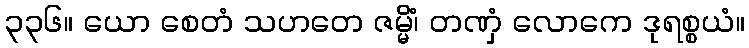
၃၃၆။ ယော စေတံ သဟတေ ဇမ္မိံ၊ တဏှံ လောကေ ဒုရစ္စယံ။